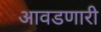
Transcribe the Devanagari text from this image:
आवडणारी